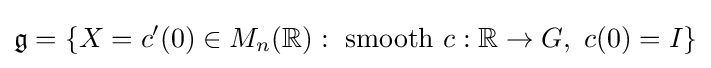
{\mathfrak {g}}=\{X=c'(0)\in M_{n}(\mathbb {R} ):{\text{ smooth }}c:\mathbb {R} \to G,\ c(0)=I\}